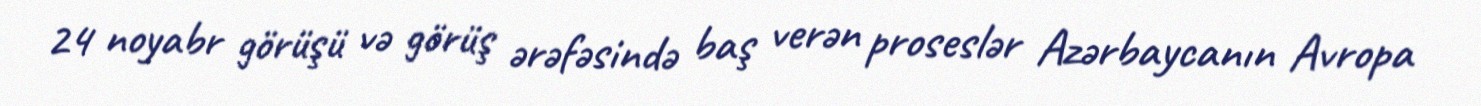
24 noyabr görüşü və görüş ərəfəsində baş verən proseslər Azərbaycanın Avropa